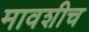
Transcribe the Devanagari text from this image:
मावशीच